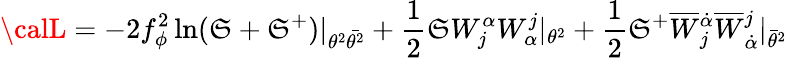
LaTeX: {\calL}=-2f_{\phi}^{2}\ln(\mathfrak{S}+\mathfrak{S}^{+})|_{\theta^{2}\bar{{\theta^{2}}}}+\frac{{1}}{{2}}\mathfrak{S}W_{j}^{\alpha}W_{\alpha}^{j}|_{\theta^{2}}+\frac{{1}}{{2}}\mathfrak{S}^{+}\overline{{{{W}}}}{}_{j}^{\dot{{\alpha}}}\overline{{{{W}}}}{}_{\dot{{\alpha}}}^{j}|_{\bar{{\theta}}^{2}}